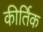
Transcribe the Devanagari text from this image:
कीर्तिक